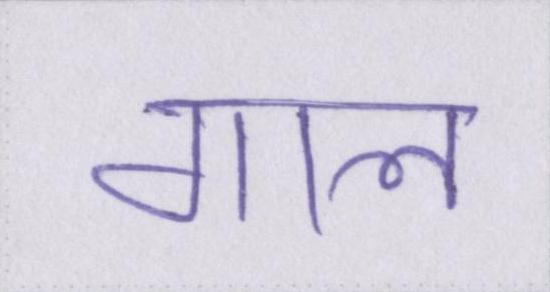
गाल